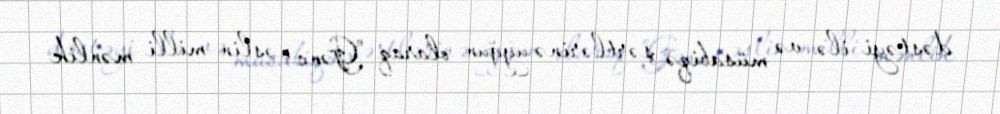
dəstəyi ilə və müsabiqə şərtlərinə uyğun olaraq "Gənc nəslin milli mənlik